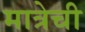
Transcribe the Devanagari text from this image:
मात्रेची